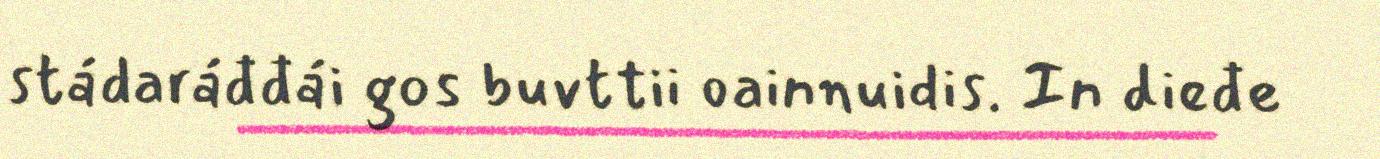
stádaráđđái gos buvttii oainnuidis. In dieđe